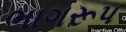
ભાગરૂપ